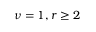
\nu = 1 , r \geq 2